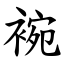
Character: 䘼